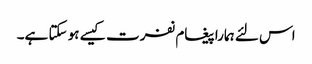
اس لئے ہمارا پیغام نفرت کیسے ہو سکتا ہے۔